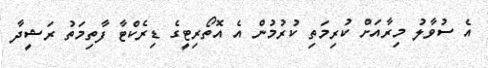
އެ ސުވާލު މިރާއަށް ކުރިމަތި ކުރުމުން އެ އޮތޯރިޓީގެ ޑިރެކްޓާ ފާތިމަތު ރަޝީދާ